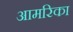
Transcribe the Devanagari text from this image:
आमरिका